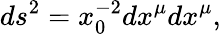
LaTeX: ds^{2}=x_{0}^{-2}dx^{\mu}dx^{\mu},